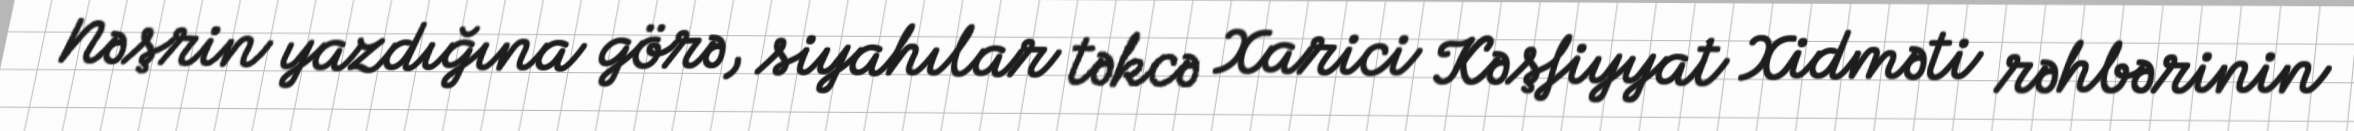
Nəşrin yazdığına görə, siyahılar təkcə Xarici Kəşfiyyat Xidməti rəhbərinin